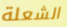
الشعلة